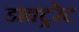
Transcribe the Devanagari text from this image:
डाक्ट्ररेट